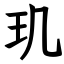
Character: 玑